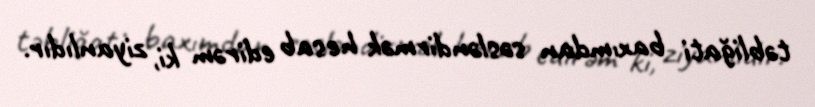
təbliğati baxımdan səsləndirmək hesab edirəm ki, ziyanlıdır.